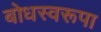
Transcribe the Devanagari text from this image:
बोधस्वरूपा